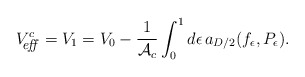
\begin{align*}V^c_{\hbox{\footnotesize\it \hspace{-6pt} eff\,}}=V_{1}=V_0-{1\over {\cal A}_c}\int_0^1 d\epsilon\, a_{D/2}(f_\epsilon,P_{\epsilon}). \end{align*}